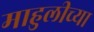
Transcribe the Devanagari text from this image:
माहुलीच्या